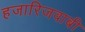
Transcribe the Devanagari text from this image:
हजारिजवाबी